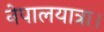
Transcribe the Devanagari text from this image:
नेपालयात्रा।